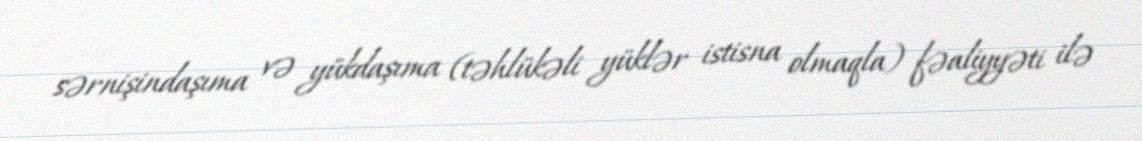
sərnişindaşıma və yükdaşıma (təhlükəli yüklər istisna olmaqla) fəaliyyəti ilə